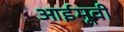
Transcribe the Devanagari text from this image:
आईमूवी